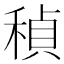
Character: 𬓲